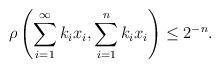
LaTeX: \begin{align*}\rho\left(\sum_{i=1}^{\infty} k_ix_i,\sum_{i=1}^n k_ix_i\right)\leq 2^{-n}.\end{align*}